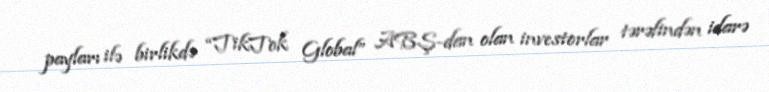
payları ilə birlikdə “TikTok Global” ABŞ-dan olan investorlar tərəfindən idarə